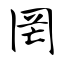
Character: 罔